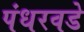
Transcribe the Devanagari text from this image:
पंधरवडे